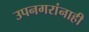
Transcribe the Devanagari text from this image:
उपनगरांनाही